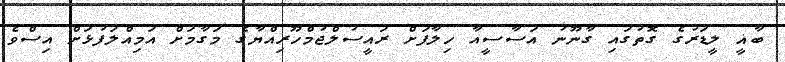
ބާޣީ ލީޑަރުގެ ގޮތުގައި ގާނޫނު އަސާސީއާ ހިލާފަށް ރައީސުލްޖުމްހޫރިއްޔާގެ މަގާމަށް އަމިއްލަފުޅަށް އިސްވެ